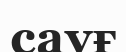
сауғ